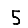
Digit: 5